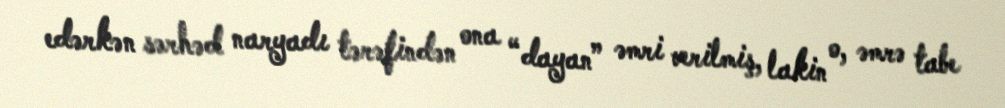
edərkən sərhəd naryadı tərəfindən ona “dayan” əmri verilmiş, lakin o, əmrə tabe